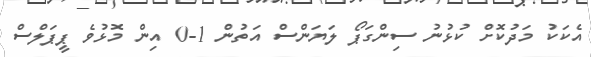
އެކަކު މަދުކޮށް ކުޅުނު ސިންގަޕޯ ލަޔަންސް އަތުން 1-0 އިން މޮޅުވެ ޕީޕަލްސް